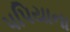
પપિયાના